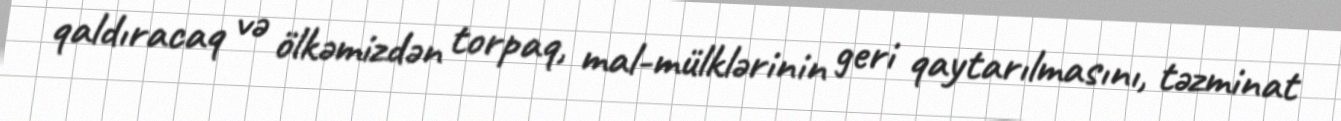
qaldıracaq və ölkəmizdən torpaq, mal-mülklərinin geri qaytarılmasını, təzminat